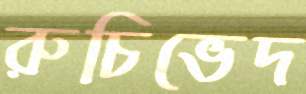
রুচিভেদ